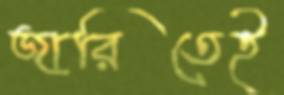
জারিতেই